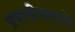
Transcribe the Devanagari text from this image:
प्रभावीपणाने